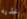
خذيه